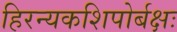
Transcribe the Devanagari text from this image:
हिरन्यकशिपोर्बक्षः